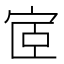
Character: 宧